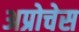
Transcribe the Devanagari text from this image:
अप्रोचेस